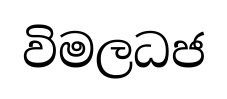
විමලධජ